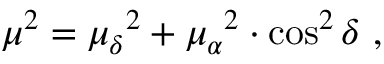
\mu ^ { 2 } = { \mu _ { \delta } } ^ { 2 } + { \mu _ { \alpha } } ^ { 2 } \cdot \cos ^ { 2 } \delta \ ,